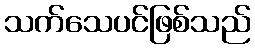
သက်သေပင်ဖြစ်သည်